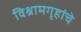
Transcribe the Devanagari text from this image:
विश्रामगृहांचे